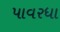
પાવરધા